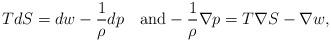
LaTeX: \begin{align*}TdS=dw-\frac{1}{\rho}dp\quad\hbox{and}-\frac{1}{\rho}\nabla p=T\nabla S-\nabla w, \end{align*}